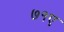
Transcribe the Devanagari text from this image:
७१ए